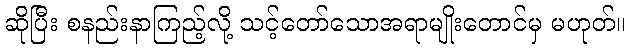
ဆိုပြီး စနည်းနာကြည့်လို့ သင့်တော်သောအရာမျိုးတောင်မှ မဟုတ်။